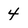
Character: 4